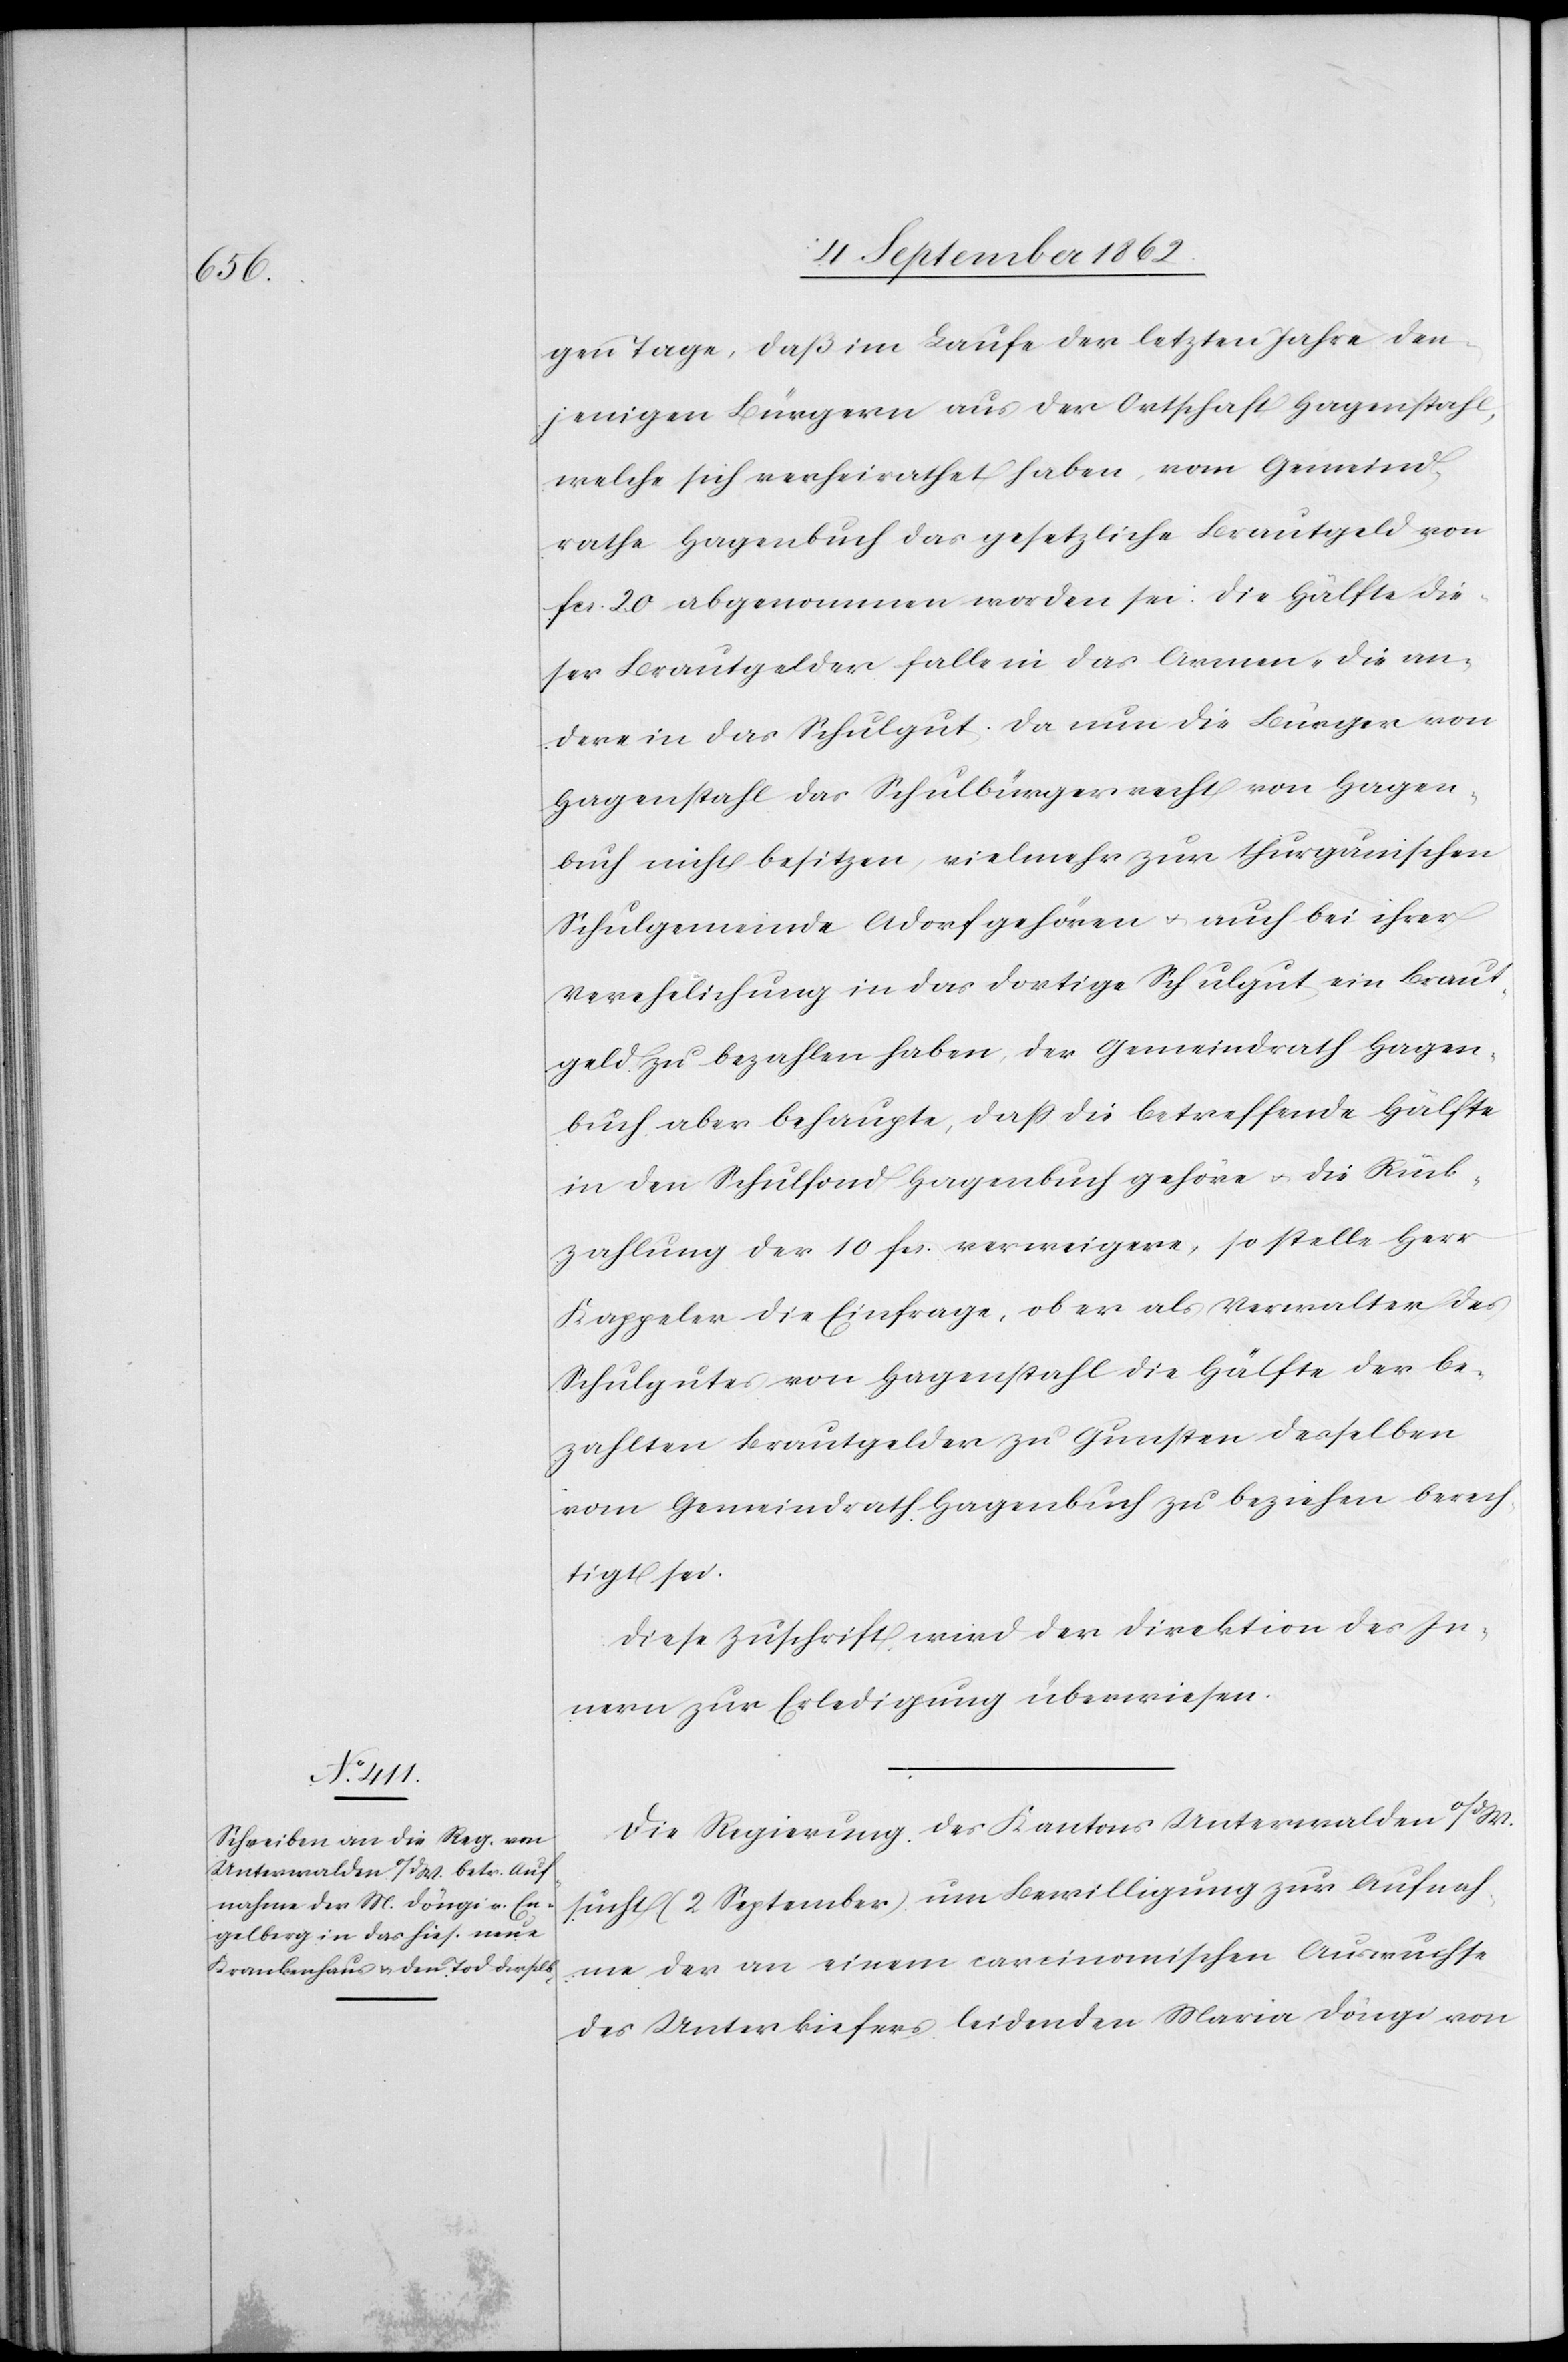
9. September 1862.]
gen Tage, daß im Laufe der letzten Jahre den¬
jenigen Bürgern aus der Ortschaft Hagenstahl,
welche sich verheirathet haben, vom Gemeind¬
rathe Hagenbuch das gesetzliche Brautgeld von
fcs. 20 abgenommen worden sei. Die Hälfte die¬
ser Brautgelder falle in das Armen- die an¬
dere in das Schulgut. Da nun die Bürger von
Hagenstahl das Schulbürgerrecht von Hagen¬
buch nicht besitzen, vielmehr zur thurgauischen
Schulgemeinde Adorf gehören u. auch bei ihrer
Verehelichung in das dortige Schulgut ein Braut¬
geld zu bezahlen haben, der Gemeindrath Hagen¬
buch aber behaupte, daß die betreffende Hälfte
in den Schulfond Hagenbuch gehöre u. die Rück¬
zahlung der 10 fcs. verweigere, so stelle Herr
Kappeler die Einfrage, ob er als Verwalter des
Schulgutes von Hagenstahl die Hälfte der be¬
zahlten Brautgelder zu Gunsten desselben
vom Gemeindrath Hagenbuch zu beziehen berech¬
tigt sei.
Diese Zuschrift wird der Direktion des In¬
nern zur Erledigung überwiesen.
Die Regierung des Kantons Unterwalden o/dW.
sucht (2. September) um Bewilligung zur Aufnah¬
me der an einem carcinomischen Auswuchse
des Unterkiefers leidenden Maria Döngi von